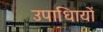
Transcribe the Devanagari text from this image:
उपाधिायों